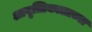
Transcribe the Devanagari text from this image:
आवृत्तिकालाच्या